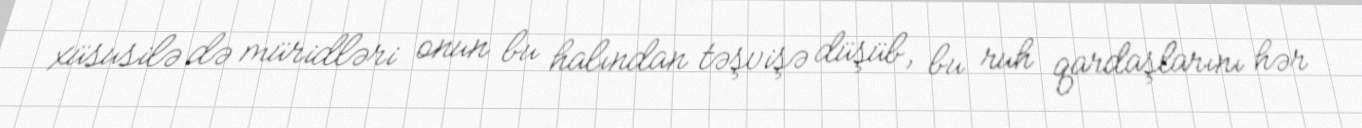
xüsusilə də müridləri onun bu halından təşvişə düşüb, bu ruh qardaşlarını hər